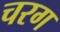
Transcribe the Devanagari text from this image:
चरग